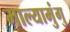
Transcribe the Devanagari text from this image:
माल्यामुंगु